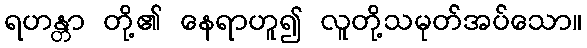
ရဟန္တာ တို့၏ နေရာဟူ၍ လူတို့သမုတ်အပ်သော။